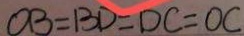
O B = B D = D C = O C